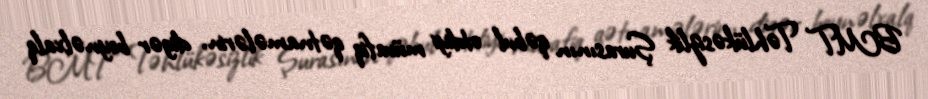
BMT Təhlükəsizlik Şurasının qəbul etdiyi müvafiq qətnamələrin, digər beynəlxalq